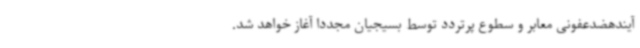
آیندهضدعفونی معابر و سطوع پرتردد توسط بسیجیان مجدداً آغاز خواهد شد.